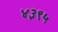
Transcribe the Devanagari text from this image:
४३९५